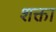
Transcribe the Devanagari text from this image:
शक्ता